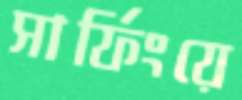
সার্ফিংয়ে